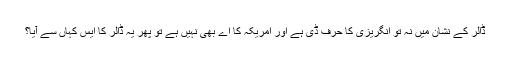
ڈالر کے نشان میں نہ تو انگریزی کا حرف ڈی ہے اور امریکہ کا اے بھی نہیں ہے تو پھر یہ ڈالر کا ایس کہاں سے آیا؟